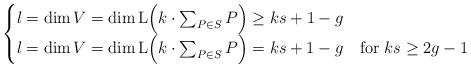
LaTeX: \begin{align*}\begin{cases}l=\dim V = \dim \mathrm{L}\Big(k\cdot \sum_{P\in S} P\Big) \geq ks +1-g\\l=\dim V =\dim \mathrm{L}\Big(k\cdot \sum_{P\in S} P\Big)= ks+1-g &\mathrm{for}\ ks\geq 2g-1\end{cases}\end{align*}